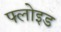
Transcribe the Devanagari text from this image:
फ्लोइड